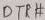
Text: DTR#